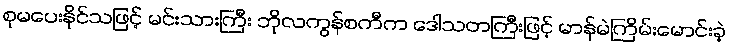
စုမပေးနိုင်သဖြင့် မင်းသားကြီး ဘိုလကွန်စကီက ဒေါသတကြီးဖြင့် မာန်မဲကြိမ်းမောင်းခဲ့